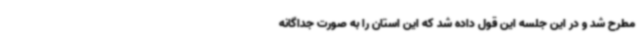
مطرح شد و در این جلسه این قول داده شد که این استان را به صورت جداگانه